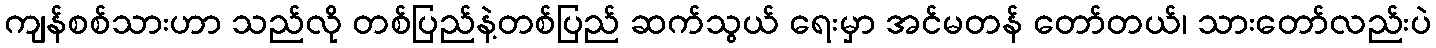
ကျန်စစ်သားဟာ သည်လို တစ်ပြည်နဲ့တစ်ပြည် ဆက်သွယ် ရေးမှာ အင်မတန် တော်တယ်၊ သားတော်လည်းပဲ